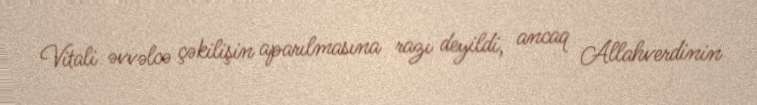
Vitali əvvəlcə çəkilişin aparılmasına razı deyildi, ancaq Allahverdinin